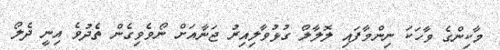
މާކިންގެ ވާހަކަ ނިންމާފައި ލޮލާލޯ ގުޅުވާލިއިރު ޖަނާއަށް ނޯވެވިގެން ތެދުވެ އިނީ ދެލޯ